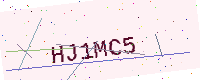
Text: HJ1MC5